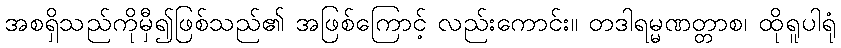
အစရှိသည်ကိုမှီ၍ဖြစ်သည်၏ အဖြစ်ကြောင့် လည်းကောင်း။ တဒါရမ္မဏတ္တာစ၊ ထိုရူပါရုံ